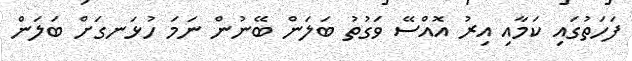
ފަހަތުގައި ކަމާއި އިރު އޮއްސޭ ވަގުތު ބަލަން ބޭނުން ނަމަ ހުޅަނގަށް ބަލަން